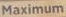
Maximum